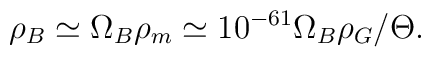
\rho_B \simeq \Omega_B \rho_m \simeq 10^{-61} \Omega_B \rho_G/\Theta.